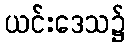
ယင်းဒေသ၌